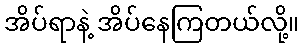
အိပ်ရာနဲ့ အိပ်နေကြတယ်လို့။